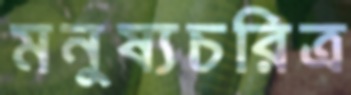
মনুষ্যচরিত্র